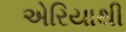
એરિયાથી